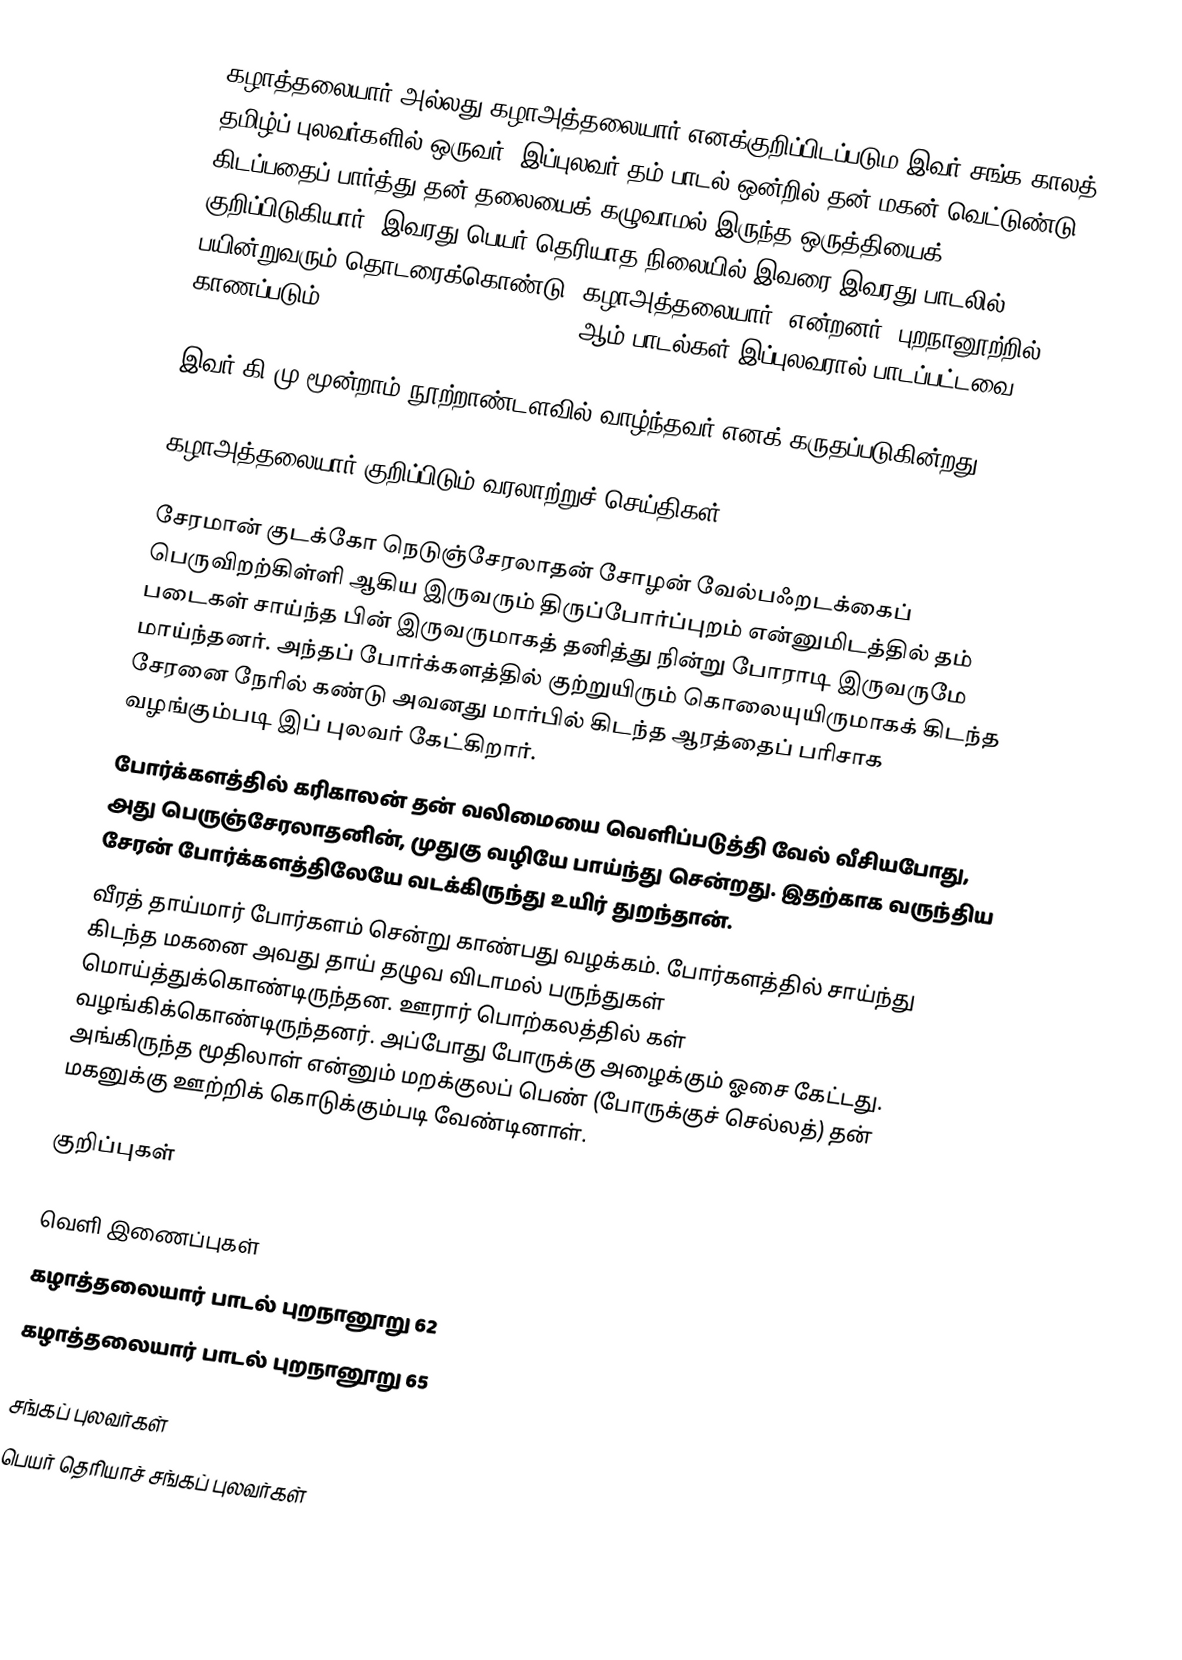
கழாத்தலையார் அல்லது கழாஅத்தலையார் எனக்குறிப்பிடப்படும இவர் சங்க காலத் தமிழ்ப் புலவர்களில் ஒருவர்.  இப்புலவர் தம் பாடல் ஒன்றில் தன் மகன் வெட்டுண்டு கிடப்பதைப் பார்த்து தன் தலையைக் கழுவாமல் இருந்த ஒருத்தியைக் குறிப்பிடுகியார். இவரது பெயர் தெரியாத நிலையில் இவரை இவரது பாடலில் பயின்றுவரும் தொடரைக்கொண்டு 'கழாஅத்தலையார்' என்றனர். புறநானூற்றில் காணப்படும், 62, 65, 270, 288, 289, 368 ஆம் பாடல்கள் இப்புலவரால் பாடப்பட்டவை.

இவர் கி.மு மூன்றாம் நூற்றாண்டளவில் வாழ்ந்தவர் எனக் கருதப்படுகின்றது.

கழாஅத்தலையார் குறிப்பிடும் வரலாற்றுச் செய்திகள்

 சேரமான் குடக்கோ நெடுஞ்சேரலாதன் சோழன் வேல்பஃறடக்கைப் பெருவிறற்கிள்ளி ஆகிய இருவரும் திருப்போர்ப்புறம் என்னுமிடத்தில் தம் படைகள் சாய்ந்த பின் இருவருமாகத் தனித்து நின்று போராடி இருவருமே மாய்ந்தனர். அந்தப் போர்க்களத்தில் குற்றுயிரும் கொலையுயிருமாகக் கிடந்த சேரனை நேரில் கண்டு அவனது மார்பில் கிடந்த ஆரத்தைப் பரிசாக வழங்கும்படி இப் புலவர் கேட்கிறார்.
 போர்க்களத்தில் கரிகாலன் தன் வலிமையை வெளிப்படுத்தி வேல் வீசியபோது, அது பெருஞ்சேரலாதனின், முதுகு வழியே பாய்ந்து சென்றது. இதற்காக வருந்திய சேரன் போர்க்களத்திலேயே வடக்கிருந்து உயிர் துறந்தான்.
 வீரத் தாய்மார் போர்களம் சென்று காண்பது வழக்கம். போர்களத்தில் சாய்ந்து கிடந்த மகனை அவது தாய் தழுவ விடாமல் பருந்துகள் மொய்த்துக்கொண்டிருந்தன. ஊரார் பொற்கலத்தில் கள் வழங்கிக்கொண்டிருந்தனர். அப்போது போருக்கு அழைக்கும் ஓசை கேட்டது. அங்கிருந்த மூதிலாள் என்னும் மறக்குலப் பெண் (போருக்குச் செல்லத்) தன் மகனுக்கு ஊற்றிக் கொடுக்கும்படி வேண்டினாள்.

குறிப்புகள்

வெளி இணைப்புகள்
 கழாத்தலையார் பாடல் புறநானூறு 62
 கழாத்தலையார் பாடல் புறநானூறு 65

சங்கப் புலவர்கள்
பெயர் தெரியாச் சங்கப் புலவர்கள்